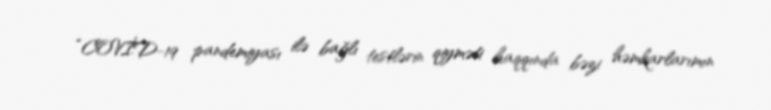
“COVİD-19 pandemiyası ilə bağlı testlərin qiyməti haqqında bəzi həmkarlarımın